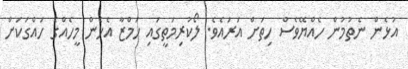
އުޅެން ނެތުމުން ހެއްޔޭވެސް ހިތަށް އަރައެވެ. ލޯކުރިމަތީގައި ހަމްޒާ އެހެން މީހެއްގެ ހައްގަކަށް